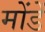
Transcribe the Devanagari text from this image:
मोंडें